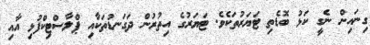
ގިނައިން ނެގީ ކަޅު ބޮޑެތި ޓަޔަރުތަކެވެ. ޓަޔަރުގެ އިތުރުން ދަގަނޑުތަކާއި ޕްލާސްޓިކްފުޅި އާއި